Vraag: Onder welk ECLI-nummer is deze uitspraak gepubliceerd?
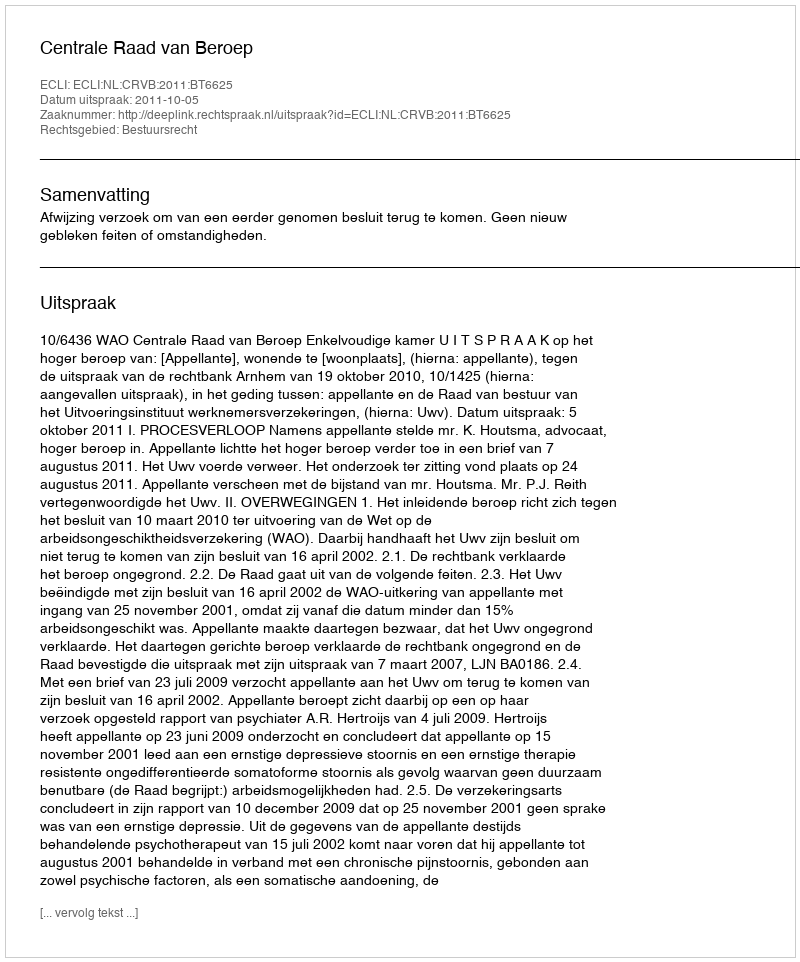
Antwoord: ECLI:NL:CRVB:2011:BT6625